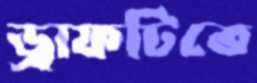
ড্রাফটিতে